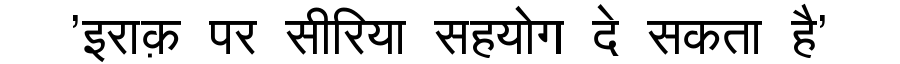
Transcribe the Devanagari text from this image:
'इराक़ पर सीरिया सहयोग दे सकता है'